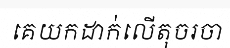
គេយកដាក់លើតុចរចា